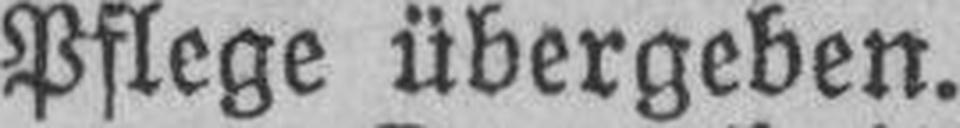
Pflege übergeben.